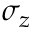
\sigma _ { z }